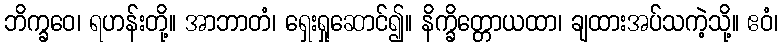
ဘိက္ခဝေ၊ ရဟန်းတို့။ အာဘာတံ၊ ရှေးရှုဆောင်၍။ နိက္ခိတ္တောယထာ၊ ချထားအပ်သကဲ့သို့။ ဧဝံ၊